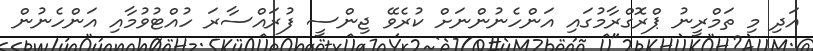
އަދި މި ތަމްރީނު ޕްރޮގްރާމުގައި އަންހެނުންނަށް ކުރެވޭ ޖިންސީ ފުރައްސާރަ ހުއްޓުވުމާއި އަންހެނުން